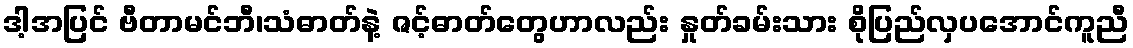
ဒါ့အပြင် ဗီတာမင်ဘီ၊သံဓာတ်နဲ့ ဇင့်ဓာတ်တွေဟာလည်း နှုတ်ခမ်းသား စိုပြည်လှပအောင်ကူညီ